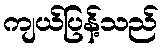
ကျယ်ပြန့်သည်